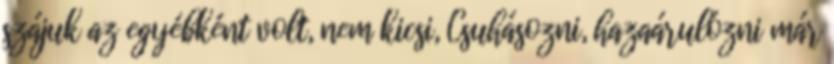
szájuk az egyébként volt, nem kicsi, Csuhásozni, hazaárulózni már